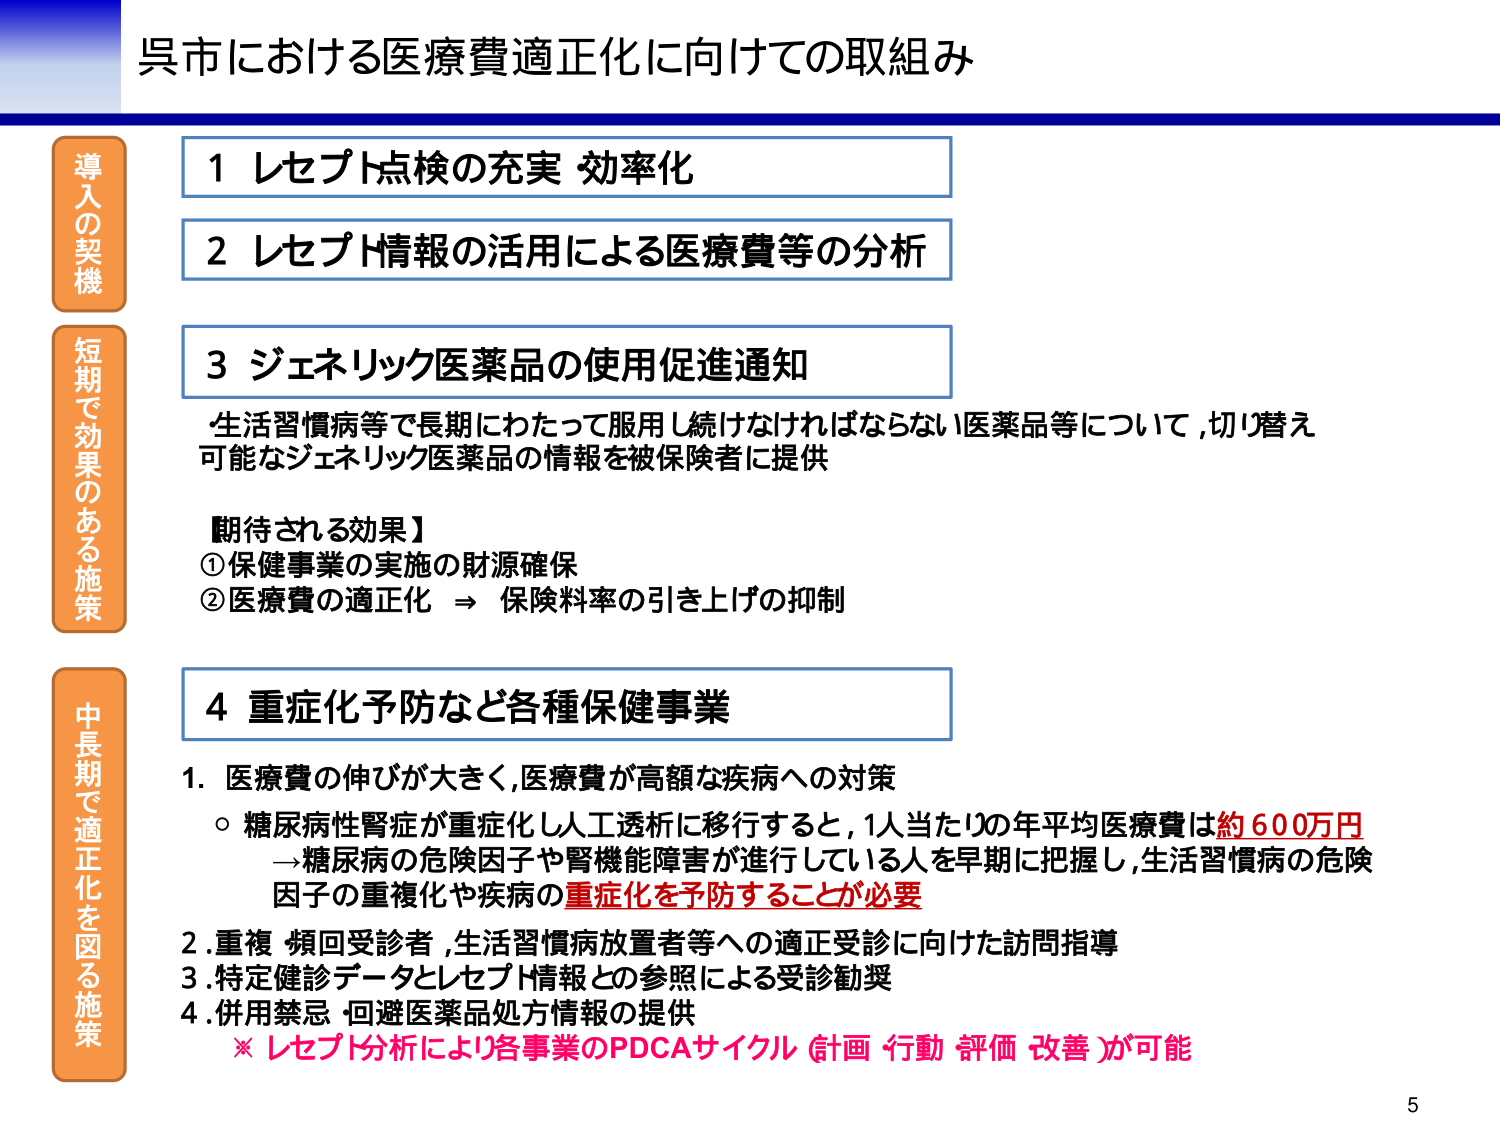
呉市における医療費適正化に向けての取組み

導入の契機
1 レセプト点検の充実 効率化
2 レセプト情報の活用による医療費等の分析

短期で効果のある施策
3 ジェネリック医薬品の使用促進通知
生活習慣病等で長期にわたって服用し続けなければならない医薬品等について,切り替え可能なジェネリック医薬品の情報を被保険者に提供

【期待される効果】
①保健事業の実施の財源確保
②医療費の適正化 ⇒ 保険料率の引き上げの抑制

中長期で適正化を図る施策
4 重症化予防など各種保健事業
1. 医療費の伸びが大きく,医療費が高額な疾病への対策
○ 糖尿病性腎症が重症化し人工透析に移行すると,1人当たりの年平均医療費は約600万円
→糖尿病の危険因子や腎機能障害が進行している人を早期に把握し,生活習慣病の危険因子の重複化や疾病の重症化を予防することが必要
2. 重複・頻回受診者,生活習慣病放置者等への適正受診に向けた訪問指導
3. 特定健診データとレセプト情報との参照による受診勧奨
4. 併用禁忌・回避医薬品処方情報の提供
※ レセプト分析により各事業のPDCAサイクル（計画 行動 評価 改善）が可能

5